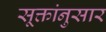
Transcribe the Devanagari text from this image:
सूक्तांनुसार